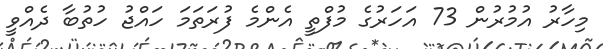
މިހާރު އުމުރުން 73 އަހަރުގެ މުފްތީ އެންމެ ފުރަތަމަ ހައްޖު ހުތުބާ ދެއްވީ